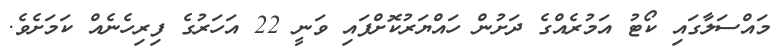
މައްސަލާގައި ކޯޓު އަމުރެއްގެ ދަށުން ހައްޔަރުކޮށްފައި ވަނީ 22 އަހަރުގެ ފިރިހެނެއް ކަމަށެވެ.